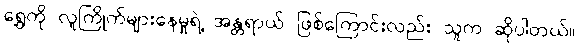
ရွှေကို လူကြိုက်များနေမှုရဲ့ အန္တရာယ် ဖြစ်ကြောင်းလည်း သူက ဆိုပါတယ်။